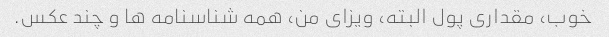
خوب، مقداری پول البته، ویزای من، همه شناسنامه ها و چند عکس.